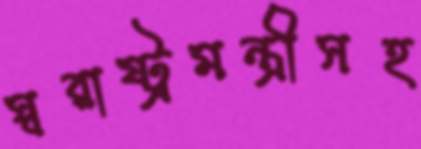
স্বরাষ্ট্রমন্ত্রীসহ